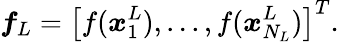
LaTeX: \boldsymbol{f}_{L}=\left[f(\boldsymbol{x}_{1}^{L}),...,f(\boldsymbol{x}_{N_{L}}^{L})\right]^{T}.